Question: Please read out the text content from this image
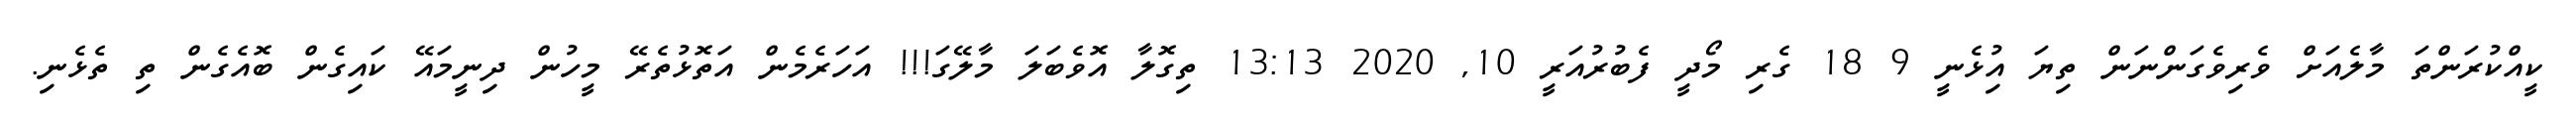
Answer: ކީއްކުރަންތަ މާލެއަށް ވެރިވެގަންނަން ތިޔަ އިުޅެނީ 9 18 ގެރި މޯދީ ފެބުރުއަރީ 10, 2020 13:13 ތިގޮލާ އޮވެބަލަ މާލޭގަ!!! އަހަރެމެން އަތޮޅުތެރޭ މީހުން ދިނީމައޭ ކައިގެން ބޮއެގެން ތި ތެޅެނި.